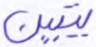
يتبين